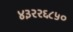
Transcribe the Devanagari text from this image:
४३२२६८५०